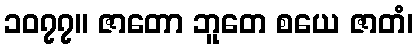
၁၀၇၇။ ဇာတော ဘူတေ စယေ ဇာတံ၊